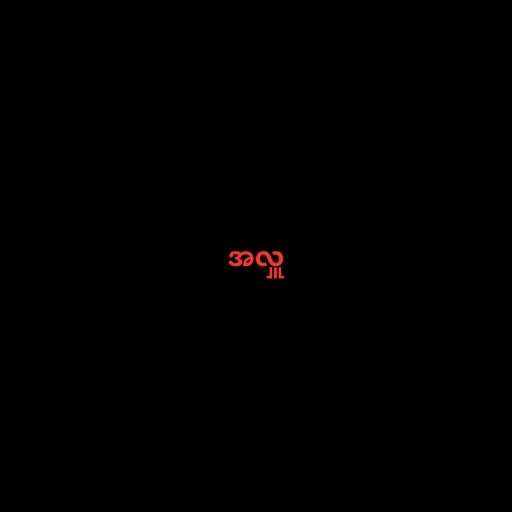
အလှူ